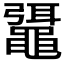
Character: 𪓯